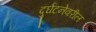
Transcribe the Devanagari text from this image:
दुर्घटनेवरील